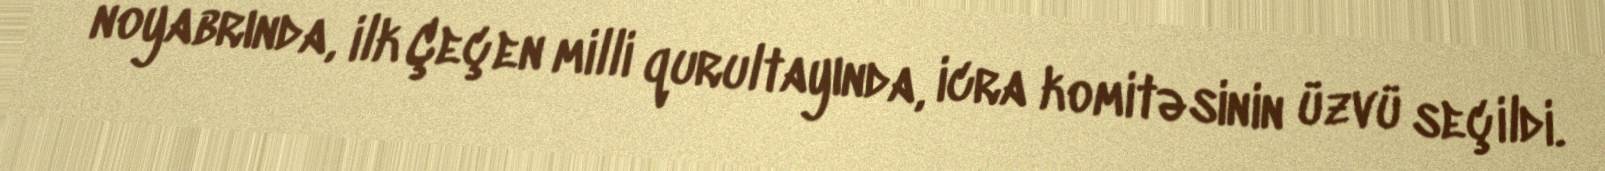
noyabrında, ilk Çeçen milli qurultayında, icra komitəsinin üzvü seçildi.